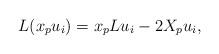
LaTeX: \begin{align*}L({x_p}{u_i}) = {x_p}L{u_i} - 2{X_p}{u_i},\end{align*}